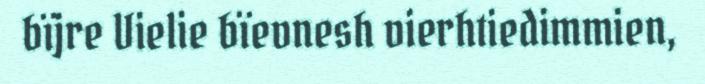
bïjre Vielie bïevnesh vierhtiedimmien,